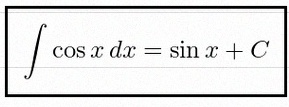
\int \cos x\,dx=\sin x+C